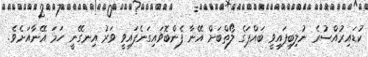
ކުޑައިރުއްސުރެ ނުލިބިފައިވީ ބައްޕަގެ ލޯތްބަށް އޭނާ ފެންބޮވައިގަނެފައިވީ ވަރު އިނގޭނީ ހަމަ އޭނާއަށެވެ.